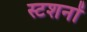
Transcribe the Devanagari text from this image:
स्टशनों